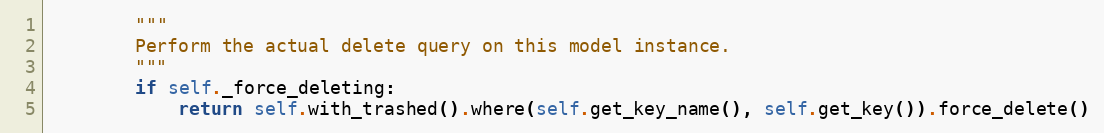
Language: Python
        """
        Perform the actual delete query on this model instance.
        """
        if self._force_deleting:
            return self.with_trashed().where(self.get_key_name(), self.get_key()).force_delete()